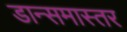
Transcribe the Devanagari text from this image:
डान्समास्तर